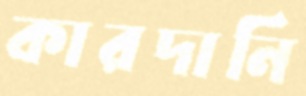
কারদানি